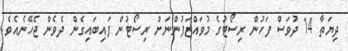
ދިޔަތާ 14 ދުވަސް ފަހުން ރިސޯޓުގެ މުވައްޒަފުންނަށް ރިސޯޓުން ފައިބައިގެން ދެވެން ޖެހޭނެއެވެ.